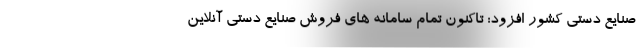
صنایع دستی کشور افزود: تاکنون تمام سامانه های فروش صنایع دستی آنلاین